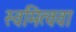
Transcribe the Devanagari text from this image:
स्वमित्ववा